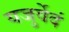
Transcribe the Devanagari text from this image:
यजुर्वेदं